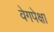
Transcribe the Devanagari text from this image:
वेगपेक्षा